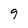
Character: 9